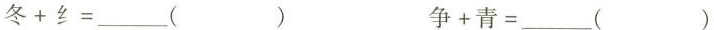
$$冬+纟=___( )$$ $$争+青=___( )$$